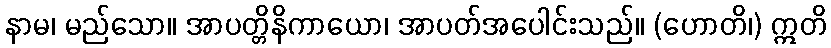
နာမ၊ မည်သော။ အာပတ္တိနိကာယော၊ အာပတ်အပေါင်းသည်။ (ဟောတိ၊) ဣတိ